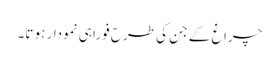
چراغ کے جن کی طرح فوراً ہی نمودار ہو تا۔